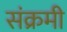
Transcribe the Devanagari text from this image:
संक्रमी